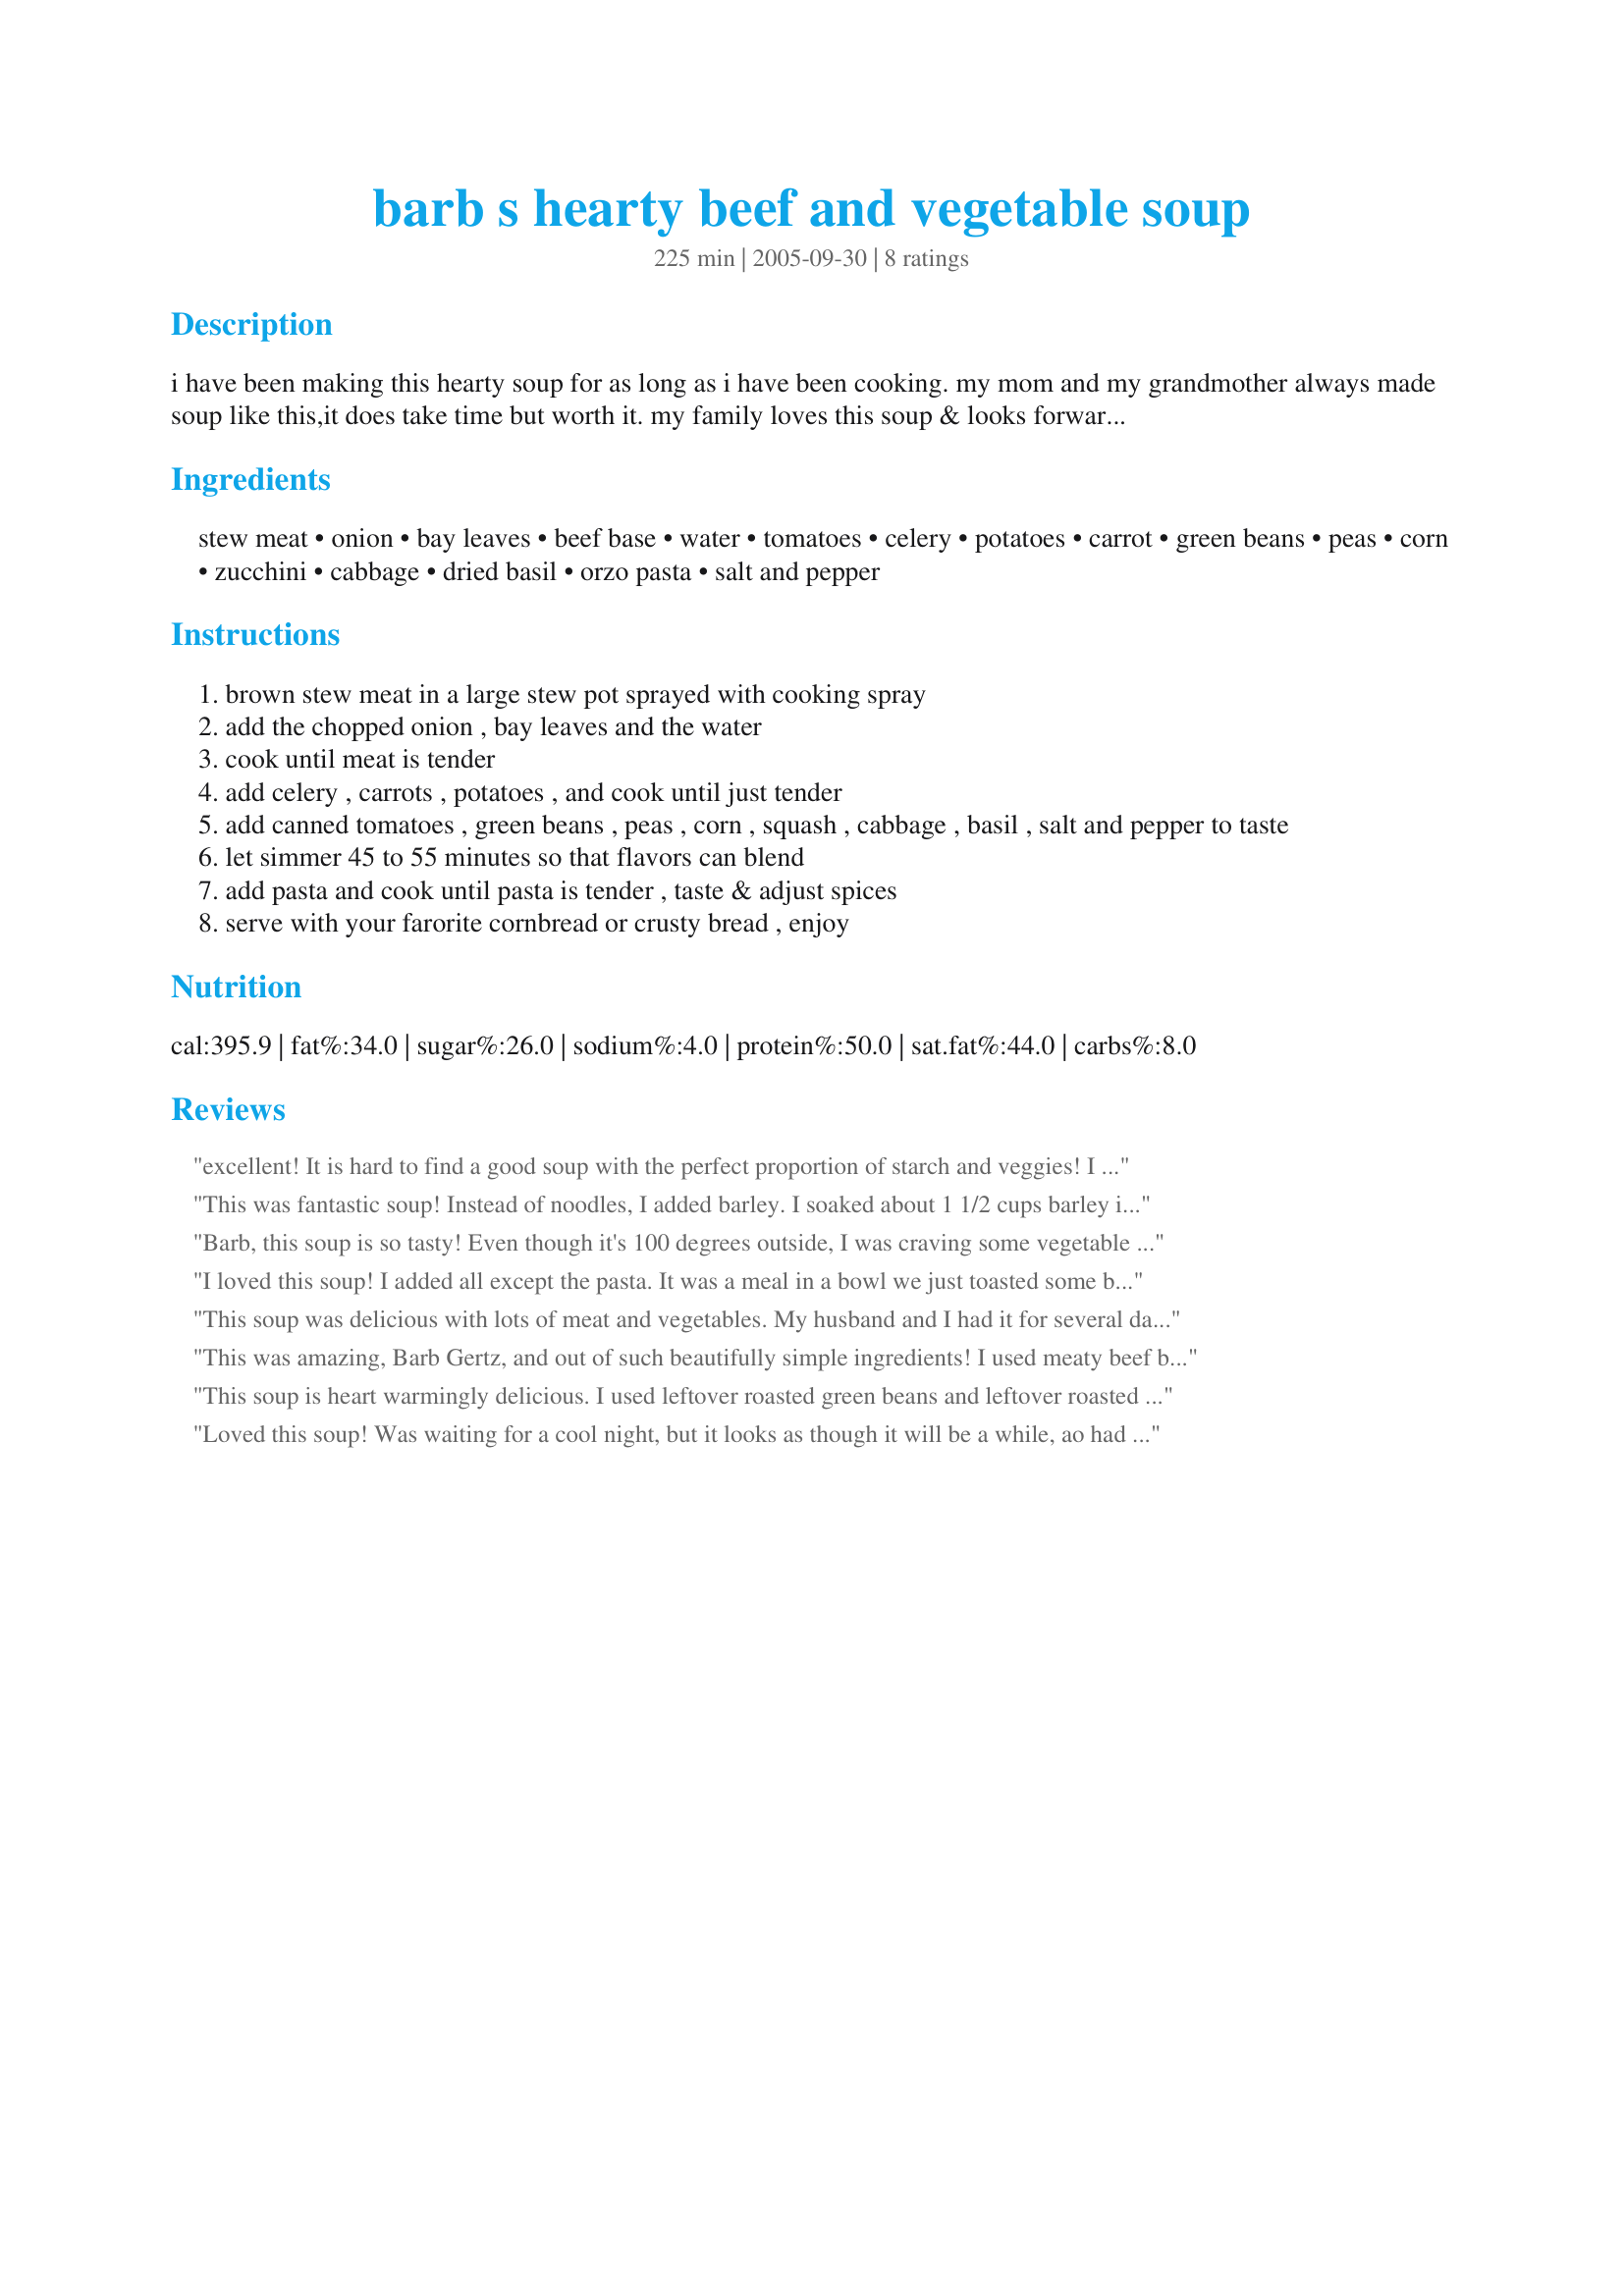
barb s hearty beef and vegetable soup
Preparation time: 225 minutes

i have been making this hearty soup for as long as i have been cooking. my mom and my grandmother always made soup like this,it does take time but worth it. my family loves this soup & looks forward to coming to dinner when i say, i'm making soup. it is loaded with vegetables. a great to use left over vegetables.

Ingredients:
stew meat, onion, bay leaves, beef base, water, tomatoes, celery, potatoes, carrot, green beans, peas, corn, zucchini, cabbage, dried basil, orzo pasta, salt and pepper

Steps:
brown stew meat in a large stew pot sprayed with cooking spray
add the chopped onion , bay leaves and the water
cook until meat is tender
add celery , carrots , potatoes , and cook until just tender
add canned tomatoes , green beans , peas , corn , squash , cabbage , basil , salt and pepper to taste
let simmer 45 to 55 minutes so that flavors can blend
add pasta and cook until pasta is tender , taste & adjust spices
serve with your farorite cornbread or crusty bread , enjoy

Reviews:
excellent! It is hard to find a good soup with the perfect proportion of starch and veggies! I added an extra cup or two of water. Next time I think I would throw in some thyme, too.
This was fantastic soup! Instead of noodles, I added barley. I soaked about 1 1/2 cups barley in a bowl of water. That way they would be plumped up from water & not all the yummy stock. When i added the barley, it prevented the barley from turning into a mushy mess. LOVED IT!!! My kids ate every single veggie loaded into the soup without any complaints-delicious! 04/30/10 (update) I LOVE this recipe! Made it for the Crockpot - just fried the meat ahead of time. Threw it all together, cooked on Low for 8 hours & it was perfect!!!! Also, i only had 1 can of tomatoes, so this time I topped it up w/ tomatoe juice....turned out fantastic again!!!! LOVE, LOVE, LOVE this recipe!
Barb, this soup is so tasty! Even though it's 100 degrees outside, I was craving some vegetable soup. Used lean ground beef in place of stew meat and used up some frozen brussels sprouts, asparagus and yellow squash I had in the freezer in addition to the other veggies (except left out the celery since I didn't have it). I made a half recipe and added thyme. So delicious!! I thought the 1/2 recipe would serve more than 4-5, but after 2 large bowls for supper tonight, I think serving size is right! : )
I loved this soup! I added all except the pasta. It was a meal in a bowl we just toasted some bread and that was our dinner. Thanks for sharing.
This soup was delicious with lots of meat and vegetables. 
My husband and I had it for several days and it tasted good to the last bowlful.

Thanks Barb Gertz.

Bullwinkle.
This was amazing, Barb Gertz, and out of such beautifully simple ingredients! I used meaty beef bones and liberally sprinkled them with kosher salt while browning. I omitted the green beans and cabbage. I used little star pasta and added a little extra peas and corn. So awesome!!!
This soup is heart warmingly delicious. I used leftover roasted green beans and leftover roasted potatoes. I added the potatoes in step 3 since they didn't need to really cook and soften like a raw potato would. I ended up adding a total of 9 cups of water in the end and probably could have used more b/c so much of the yummy broth evaporated!! I was just nervous I would water it down. I used the orzo, but next time I will probably skip it because it would still be wonderful without it! You couldnt even really tell it was in the soup. Thanks for a wonderful recipe I hope to use for years to come, Barb.
Loved this soup! Was waiting for a cool night, but it looks as though it will be a while, ao had to make it tonight for a light supper. I didn't have ALL the veggies called for, but it was great with what I had.
Thanks Barb!
